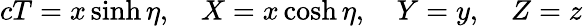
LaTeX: cT=x\sinh\eta,\quad X=x\cosh\eta,\quad Y=y,\quad Z=z